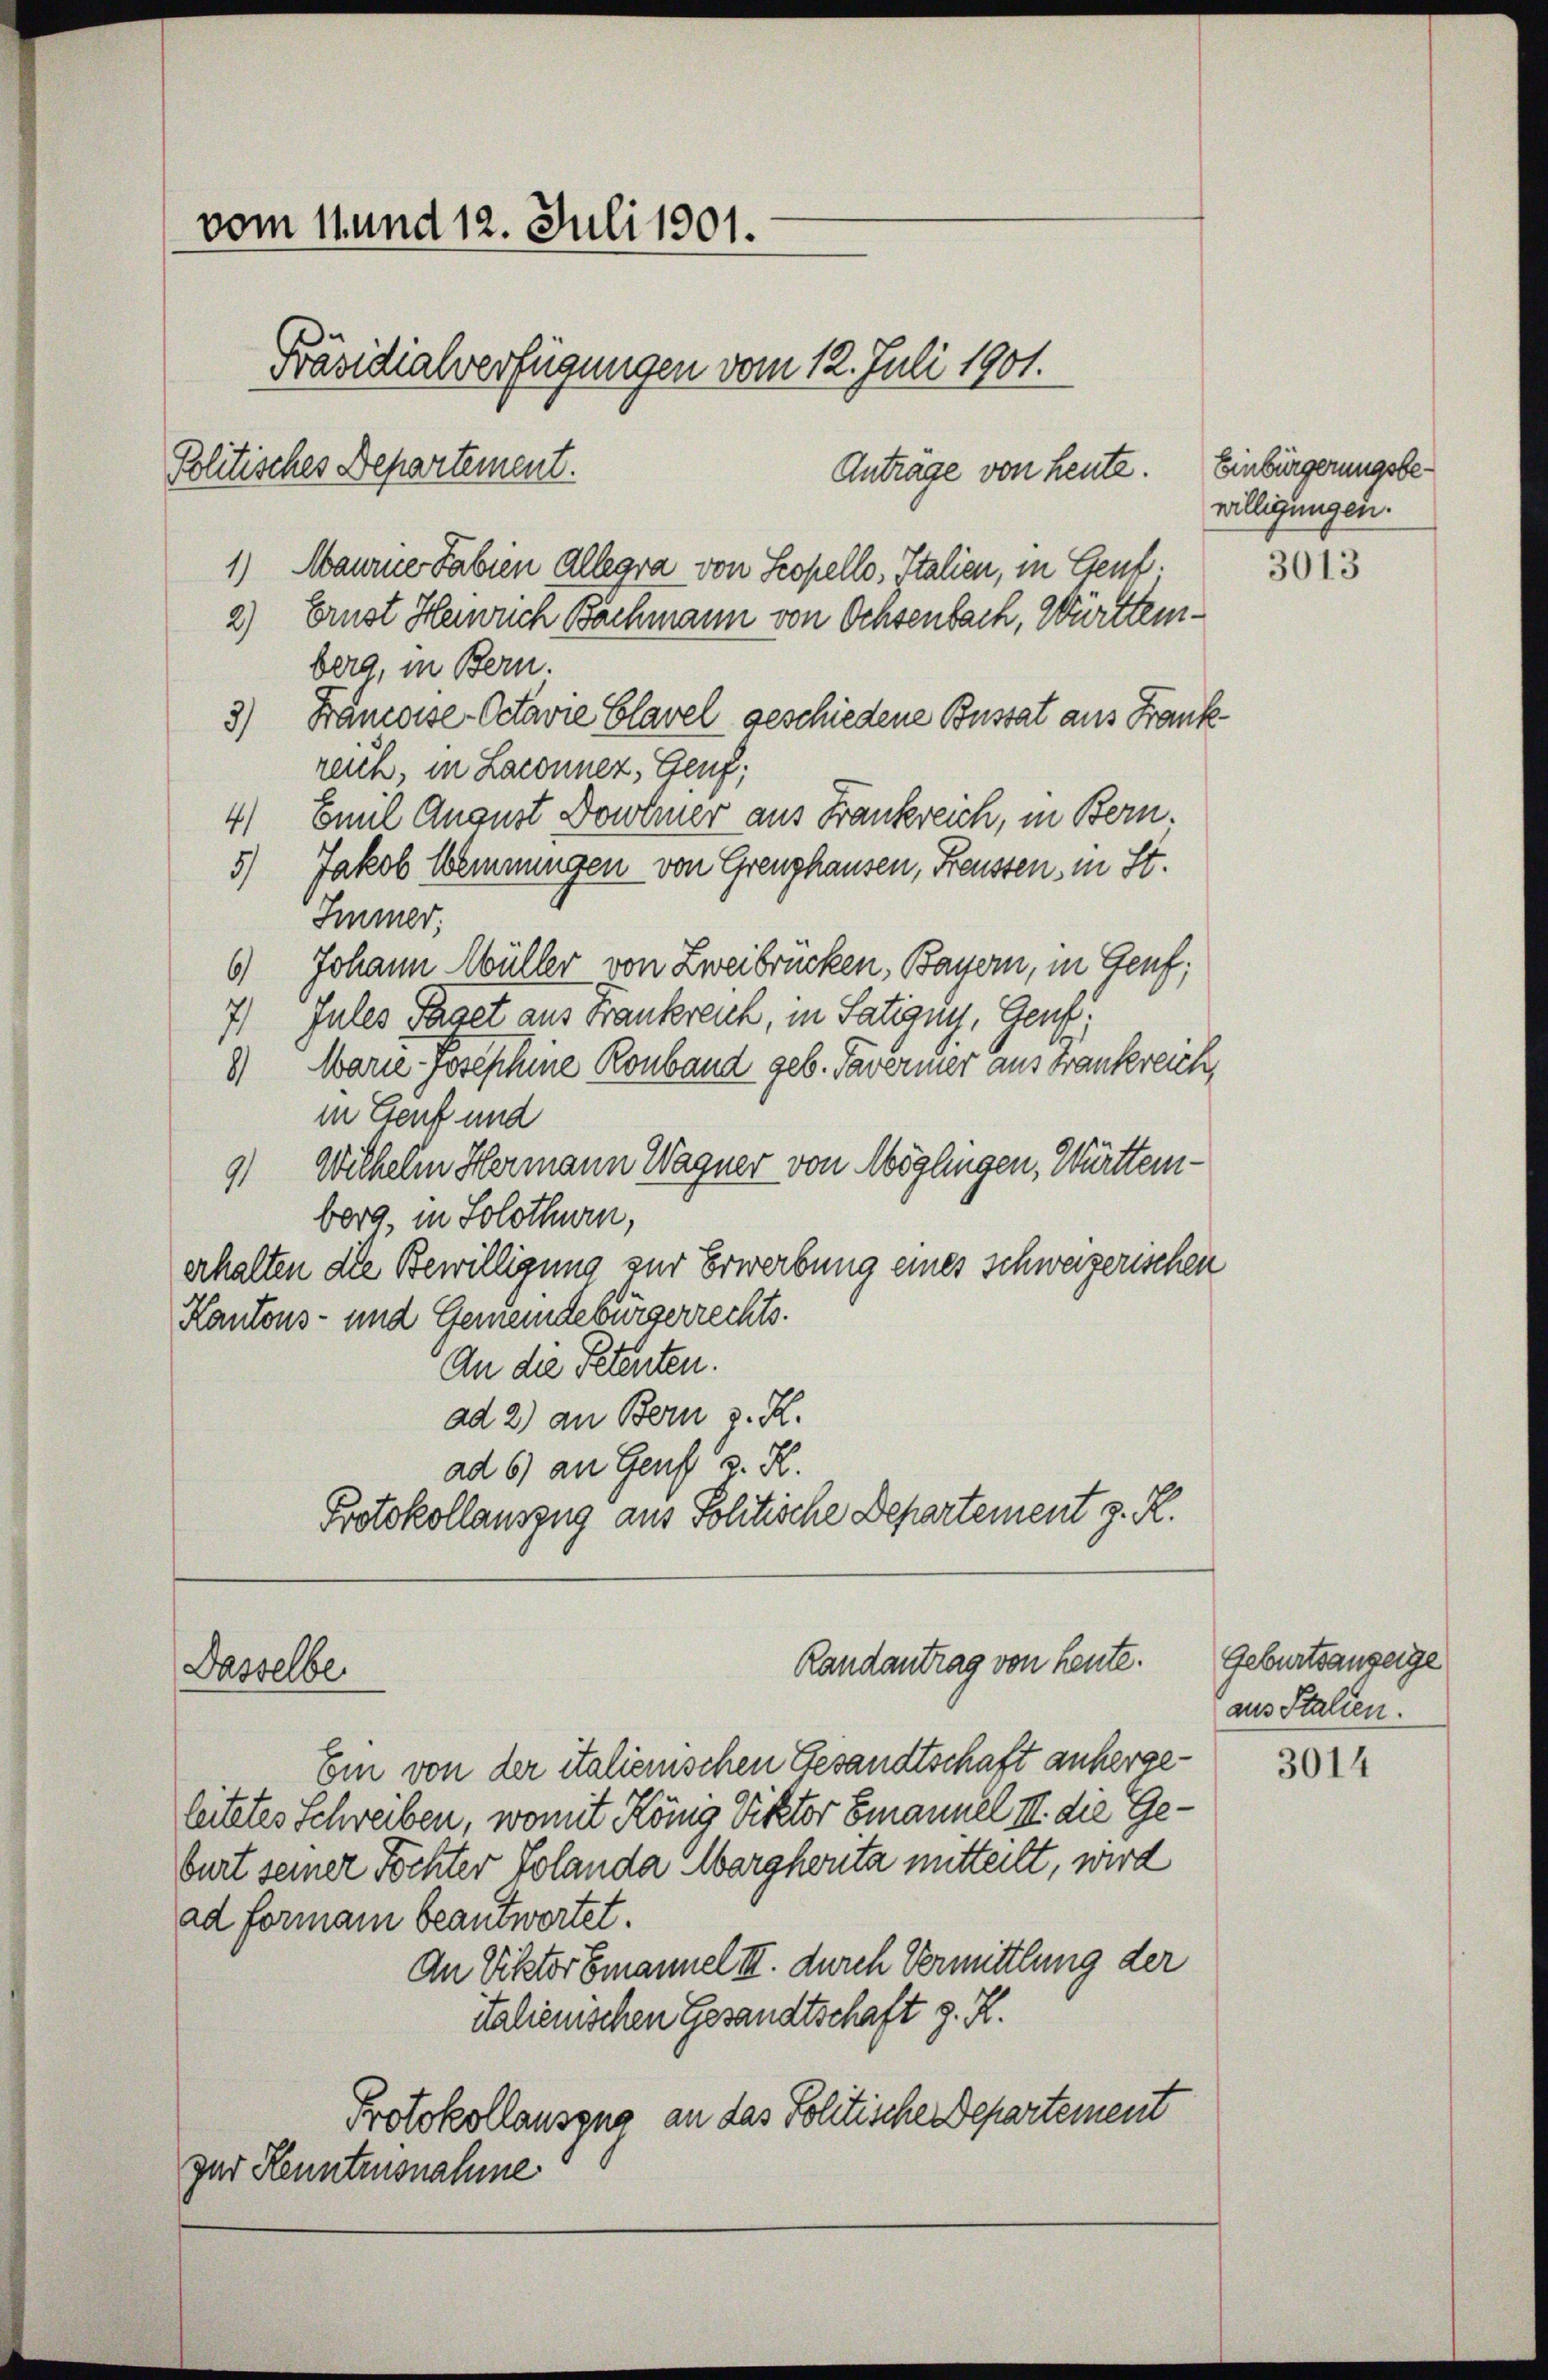
vom 11. und 12. Juli 1901.
Präsidialverfügungen vom 12. Juli 1901.
Politisches Departement.

Anträge von heute. Einbürgerungsbe¬
1) Maurie Tabien allegra von Stopello, Italien, in Genf.
2) Ernst Heruch Bachmann von Ochsenbach, Württemberg, in Bern.
3) Francoise-Octavie Clavel geschiedene Busset aus Frankreich, in Laronnez, Genf;
4) Emil August Dowerer aus Frankreich, in Bern.
5) Jakob Weinnungen von Grenzhausen, Freussen, in St.
Immer;
6) Johann Müller von Zweibrücken, Bayern, in Genf;
7) Jules Paset aus Frankreich, in Satigny, Genf,
8) Marie Josephine Ronband geb. Taverner aus Frankreich,
in Genf und
9) Wilhelm Hermann Wagner von Möglingen, Württemberg, in Solothurn,
erhalten die Bewilligung zur Erwerbung eines schweizerischen
Kantons- und Gemeindebürgerrechts.
An die Petenten.
ad 2) an Bern v. K.
ad 6) an Genf v. H.
Protokollauszug aus Politische Departement z. R.

Dasselbe

Randantrag von heute.

Ein von der italienischen Gesandtschaft anhergeleitetes Schreiben, womit König Viktor Emanuel III. die Geburt seiner Tochter Volanda Marghenta mitteilt, wird
ad formann beantwortet.
An Viktor Emanuel III. durch Vermittlung der
italienischen Gesandtschaft z. R.
Protokollauszug an das Politische Departement
par Kenntnisnahme

willigungen.

3013

Geburtsanzeige
aus Stalien.

3014